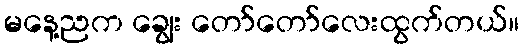
မနေ့ညက ချွေး တော်တော်လေးထွက်တယ်။